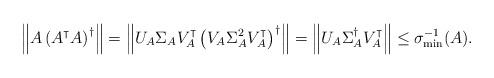
LaTeX: \begin{align*}\left\|A\left(A^{\intercal}A\right)^{\dagger}\right\| = \left\|U_A\Sigma_A V_A^{\intercal}\left(V_A\Sigma_A^2V_A^{\intercal}\right)^{\dagger}\right\| = \left\|U_A\Sigma_A^{\dagger}V_A^{\intercal}\right\| \leq \sigma_{\min}^{-1}(A).\end{align*}